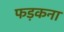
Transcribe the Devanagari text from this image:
फड़कना